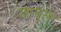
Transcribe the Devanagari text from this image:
छाचल